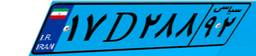
۹۶D۹۱۶۷۲